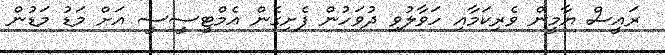
ރައީސް ޔާމީން ވެރިކަމާއި ހަވާލުވި ދުވަހުން ފެށިގެން އެމްޓީސީސީ އަށް މަޑު މަޑުން